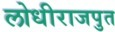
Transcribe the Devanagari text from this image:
लोधीराजपुत